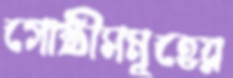
গোষ্ঠীসমূহের